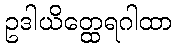
ဥဒါယိတ္ထေရဂါထာ